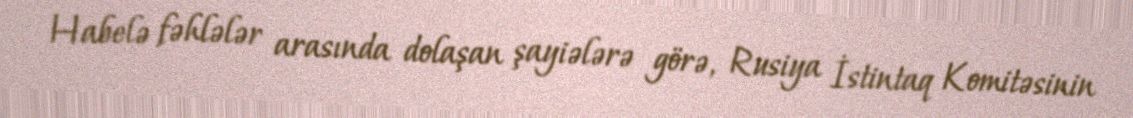
Habelə fəhlələr arasında dolaşan şayiələrə görə, Rusiya İstintaq Komitəsinin